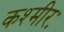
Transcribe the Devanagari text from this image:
कश्मीरः